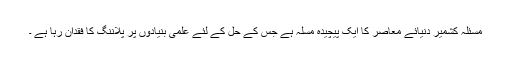
مسئلہ کشمیر دنیائے معاصر کا ایک پیچیدہ مسلہ ہے جس کے حل کے لئے علمی بنیادوں پر پلاننگ کا فقدان رہا ہے ۔